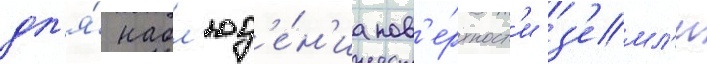
дл'я́ набл'юд'е́н'иа пов'е́рхност'и з'емл'и